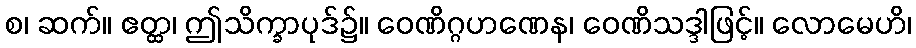
စ၊ ဆက်။ ဧတ္ထ၊ ဤသိက္ခာပုဒ်၌။ ဝေဏိဂ္ဂဟဏေန၊ ဝေဏိသဒ္ဒါဖြင့်။ လောမေဟိ၊